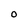
Character: O